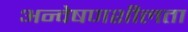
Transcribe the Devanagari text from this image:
अन्वेषणशीलता